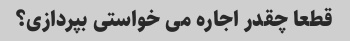
قطعا چقدر اجاره می خواستی بپردازی؟